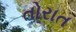
તોરાત